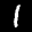
Label: 1